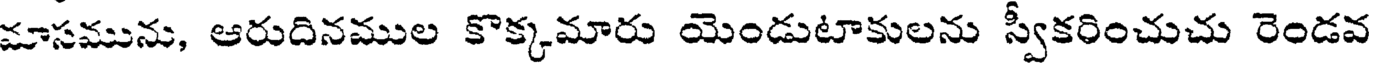
మాసమును, ఆరుదినముల కొక్కమారు యెండుటాకులను స్వీకరించుచు రెండవ